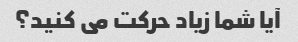
آیا شما زیاد حرکت می کنید؟